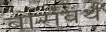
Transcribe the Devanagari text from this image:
बोर्सवर्थ